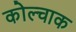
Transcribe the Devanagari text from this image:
कोल्चाक